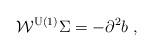
LaTeX: \begin{align*}\mathcal{W}^{\mathrm{U(1)}}\Sigma =-\partial ^2b\;, \end{align*}